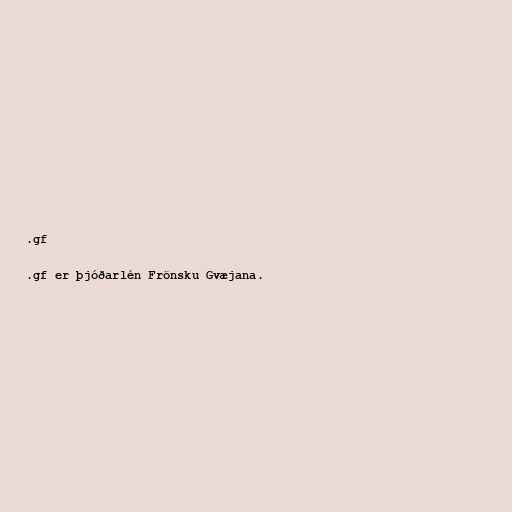
.gf

.gf er þjóðarlén Frönsku Gvæjana.